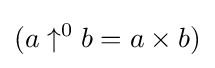
(a\uparrow ^{0}b=a\times b)